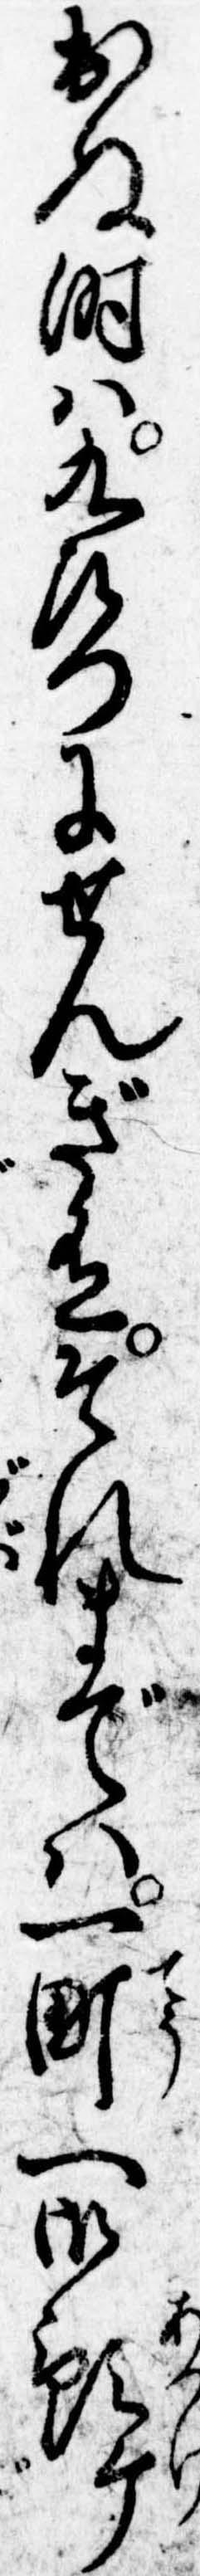
出ぬ時は九左門にせんぎ有それまでは一町へ御預ケ